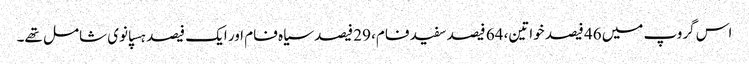
اس گروپ میں 46 فیصد خواتین، 64 فیصد سفید فام، 29 فیصد سیاہ فام اور ایک فیصد ہسپانوی شامل تھے۔